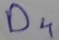
Text: D4